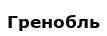
Гренобль